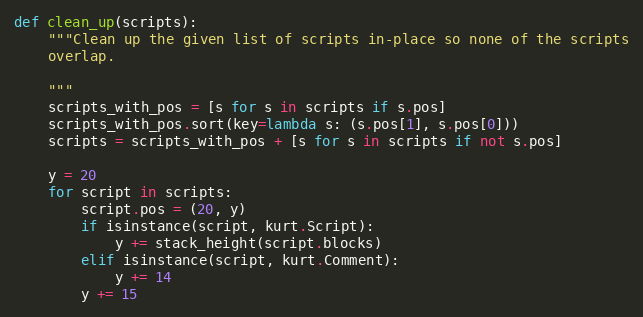
Language: Python
def clean_up(scripts):
    """Clean up the given list of scripts in-place so none of the scripts
    overlap.

    """
    scripts_with_pos = [s for s in scripts if s.pos]
    scripts_with_pos.sort(key=lambda s: (s.pos[1], s.pos[0]))
    scripts = scripts_with_pos + [s for s in scripts if not s.pos]

    y = 20
    for script in scripts:
        script.pos = (20, y)
        if isinstance(script, kurt.Script):
            y += stack_height(script.blocks)
        elif isinstance(script, kurt.Comment):
            y += 14
        y += 15